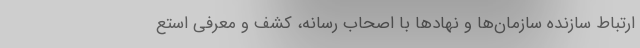
ارتباط سازنده سازمان‌ها و نهادها با اصحاب رسانه، کشف و معرفی استع